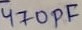
Text: 470pF